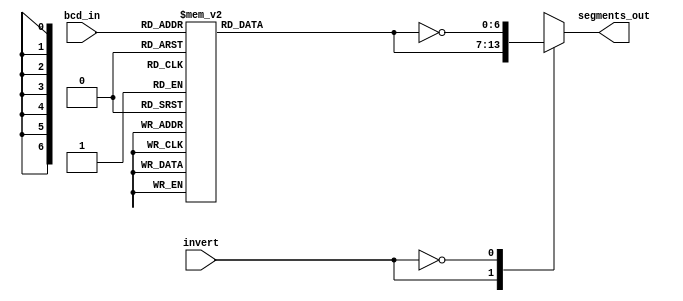
module bcd_to_7seg_dec (bcd_in, segments_out, invert);

    output reg	[6:0] segments_out;
    input		[3:0] bcd_in;
	input		invert;


// 7-segment encoding
//      0
//     ---
//  5 |   | 1
//     --- <--6
//  4 |   | 2
//     ---
//      3


	reg [6:0] seg_reg;

	always @*
      case (bcd_in)
		// this is the decoding for common anode displays:
          4'b0001 : seg_reg = 7'b1111001;   // 1
          4'b0010 : seg_reg = 7'b0100100;   // 2
          4'b0011 : seg_reg = 7'b0110000;   // 3
          4'b0100 : seg_reg = 7'b0011001;   // 4
          4'b0101 : seg_reg = 7'b0010010;   // 5
          4'b0110 : seg_reg = 7'b0000010;   // 6
          4'b0111 : seg_reg = 7'b1111000;   // 7
          4'b1000 : seg_reg = 7'b0000000;   // 8 -> all on
          4'b1001 : seg_reg = 7'b0010000;   // 9
          4'b1010 : seg_reg = 7'b0001000;   // A
          4'b1011 : seg_reg = 7'b0000011;   // b
          4'b1100 : seg_reg = 7'b1000110;   // C
          4'b1101 : seg_reg = 7'b0100001;   // d
          4'b1110 : seg_reg = 7'b0000110;   // E
          4'b1111 : seg_reg = 7'b0001110;   // F
          default : seg_reg = 7'b1000000;   // 0
      endcase

	always @*
		case (invert)
			1'b1 : segments_out = seg_reg; // do not invert segments for common anode display
			1'b0 : segments_out = ~seg_reg; // invert segments for common cathode display
		endcase
	
endmodule